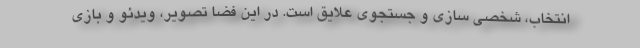
انتخاب، شخصی سازی و جستجوی علایق است. در این فضا تصویر، ویدئو و بازی